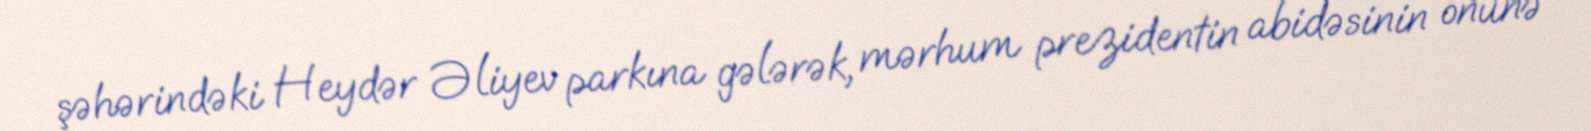
şəhərindəki Heydər Əliyev parkına gələrək, mərhum prezidentin abidəsinin önünə